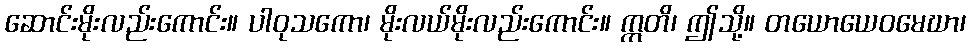
ဆောင်းမိုးလည်းကောင်း။ ပါဝုသကော၊ မိုးလယ်မိုးလည်းကောင်း။ ဣတိ၊ ဤသို့။ တယောယေဝမေဃာ၊